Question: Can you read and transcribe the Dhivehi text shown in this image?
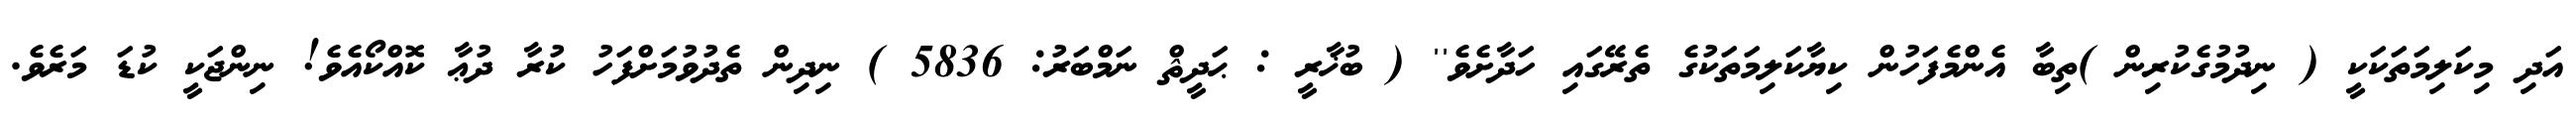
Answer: އަދި މިކަލިމަތަކަކީ ( ނިދުމުގެކުރިން )ތިބާ އެންމެފަހުން ކިޔާކަލިމަތަކުގެ ތެރޭގައި ހަދާށެވެ'' ( ބުޚާރީ : ޙަދީޘް ނަމްބަރު: 5836 ) ނިދިން ތެދުވުމަށްފަހު ކުރާ ދުޢާ ކޮއްކޯއެވެ! ނިންޖަކީ ކުޑަ މަރެވެ.